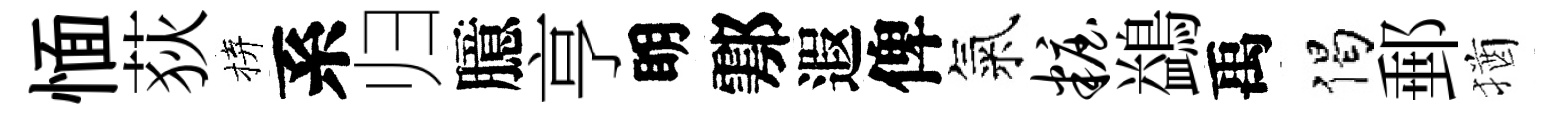
愐荻拚系归臆亨眀鄠遐俾氣妆鷁禹偈郵猶